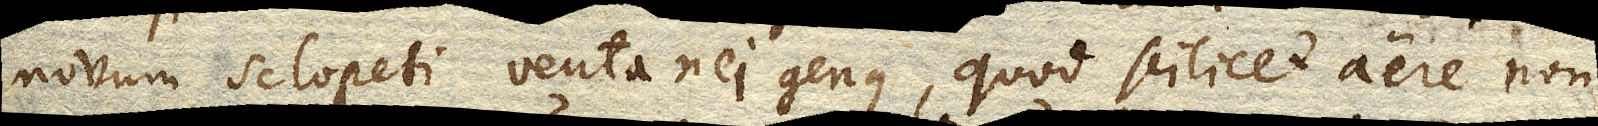
novum sclopeti ventanei genus, quod scilicet aere non